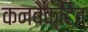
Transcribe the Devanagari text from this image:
कनवेक्टिव